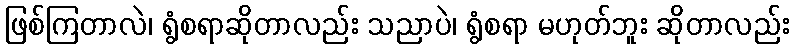
ဖြစ်ကြတာလဲ၊ ရွံစရာဆိုတာလည်း သညာပဲ၊ ရွံစရာ မဟုတ်ဘူး ဆိုတာလည်း